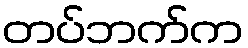
တပ်ဘက်က